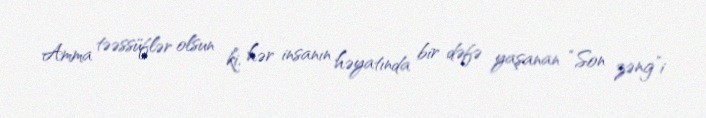
Amma təəssüflər olsun ki, hər insanın həyatında bir dəfə yaşanan “Son zəng”i